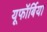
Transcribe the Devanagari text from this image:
यूफॉर्बिया